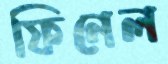
ফিনেল